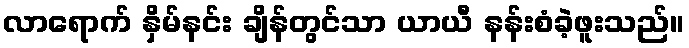
လာရောက် နှိမ်နင်း ချိန်တွင်သာ ယာယီ နန်းစံခဲ့ဖူးသည်။